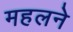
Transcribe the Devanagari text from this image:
महलने